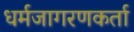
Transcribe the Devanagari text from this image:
धर्मजागरणकर्ता